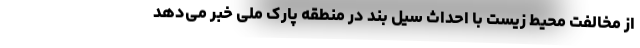
از مخالفت محیط زیست با احداث سیل بند در منطقه پارک ملی خبر می‌دهد